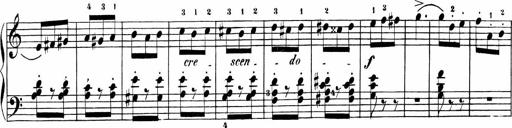
Title: Sonatinas
Composer: Andrew Violette